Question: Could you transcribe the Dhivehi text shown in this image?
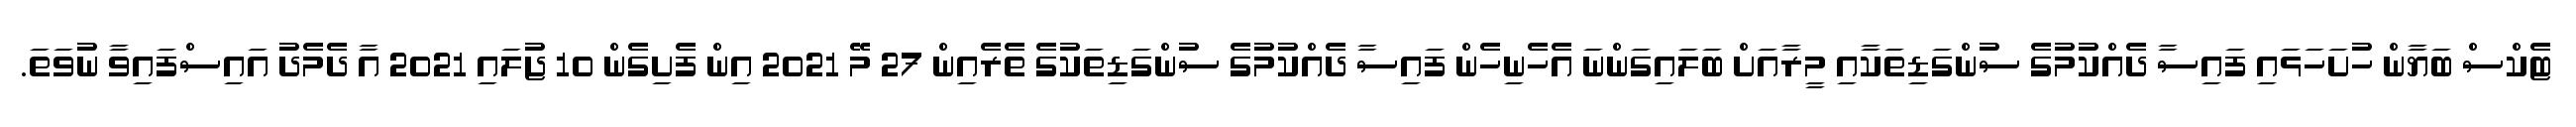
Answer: ޓެކްސް ބަޔާން ހުށަހަޅައި ފައިސާ ދެއްކުމުގެ ސުންގަޑިތަކާއި މީރާއަށް ބަލައިގަންނަ އެހެނިހެން ފައިސާ ދެއްކުމުގެ ސުންގަޑިތަކުގެ ތެރެއިން 27 މޭ 2021 އިން ފެށިގެން 10 ޖުލައި 2021 އާ ދެމެދު އައިސްފައިވާ ނުވަތަ.